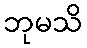
ဘုမသိ